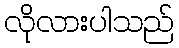
လိုလားပါသည်